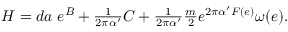
{ \cal H } = d a \ e ^ { B } + { \textstyle \frac { 1 } { 2 \pi \alpha ^ { \prime } } } C + { \textstyle \frac { 1 } { 2 \pi \alpha ^ { \prime } } } { \textstyle \frac { m } { 2 } } e ^ { 2 \pi \alpha ^ { \prime } { \cal F } ( e ) } \omega ( e ) .